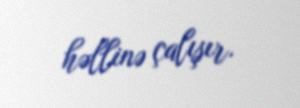
həllinə çalışır.